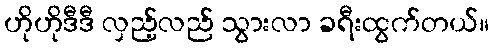
ဟိုဟိုဒီဒီ လှည့်လည် သွားလာ ခရီးထွက်တယ်။